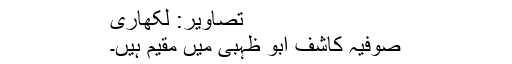
تصاویر: لکھاری
صوفیہ کاشف ابو ظہبی میں مقیم ہیں۔